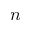
n